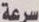
سرعة